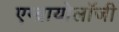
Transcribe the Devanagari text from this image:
एम्ब्रायोलाॅजी